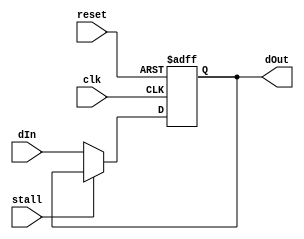
//Iinstruction fetching unit(rom is not here)containing next_pc(here only for pc+4) as input and output PC
module PC (input clk,reset,stall,
           input [31 :0]     dIn,//next_pc
           output reg [31:0] dOut);//pc
   always @(posedge clk or negedge reset)
     begin
        if(reset==1'b0)
          dOut <= 32'h0000_0000;
        else
          if(!stall)
            dOut <= dIn;
     end
endmodule // PC